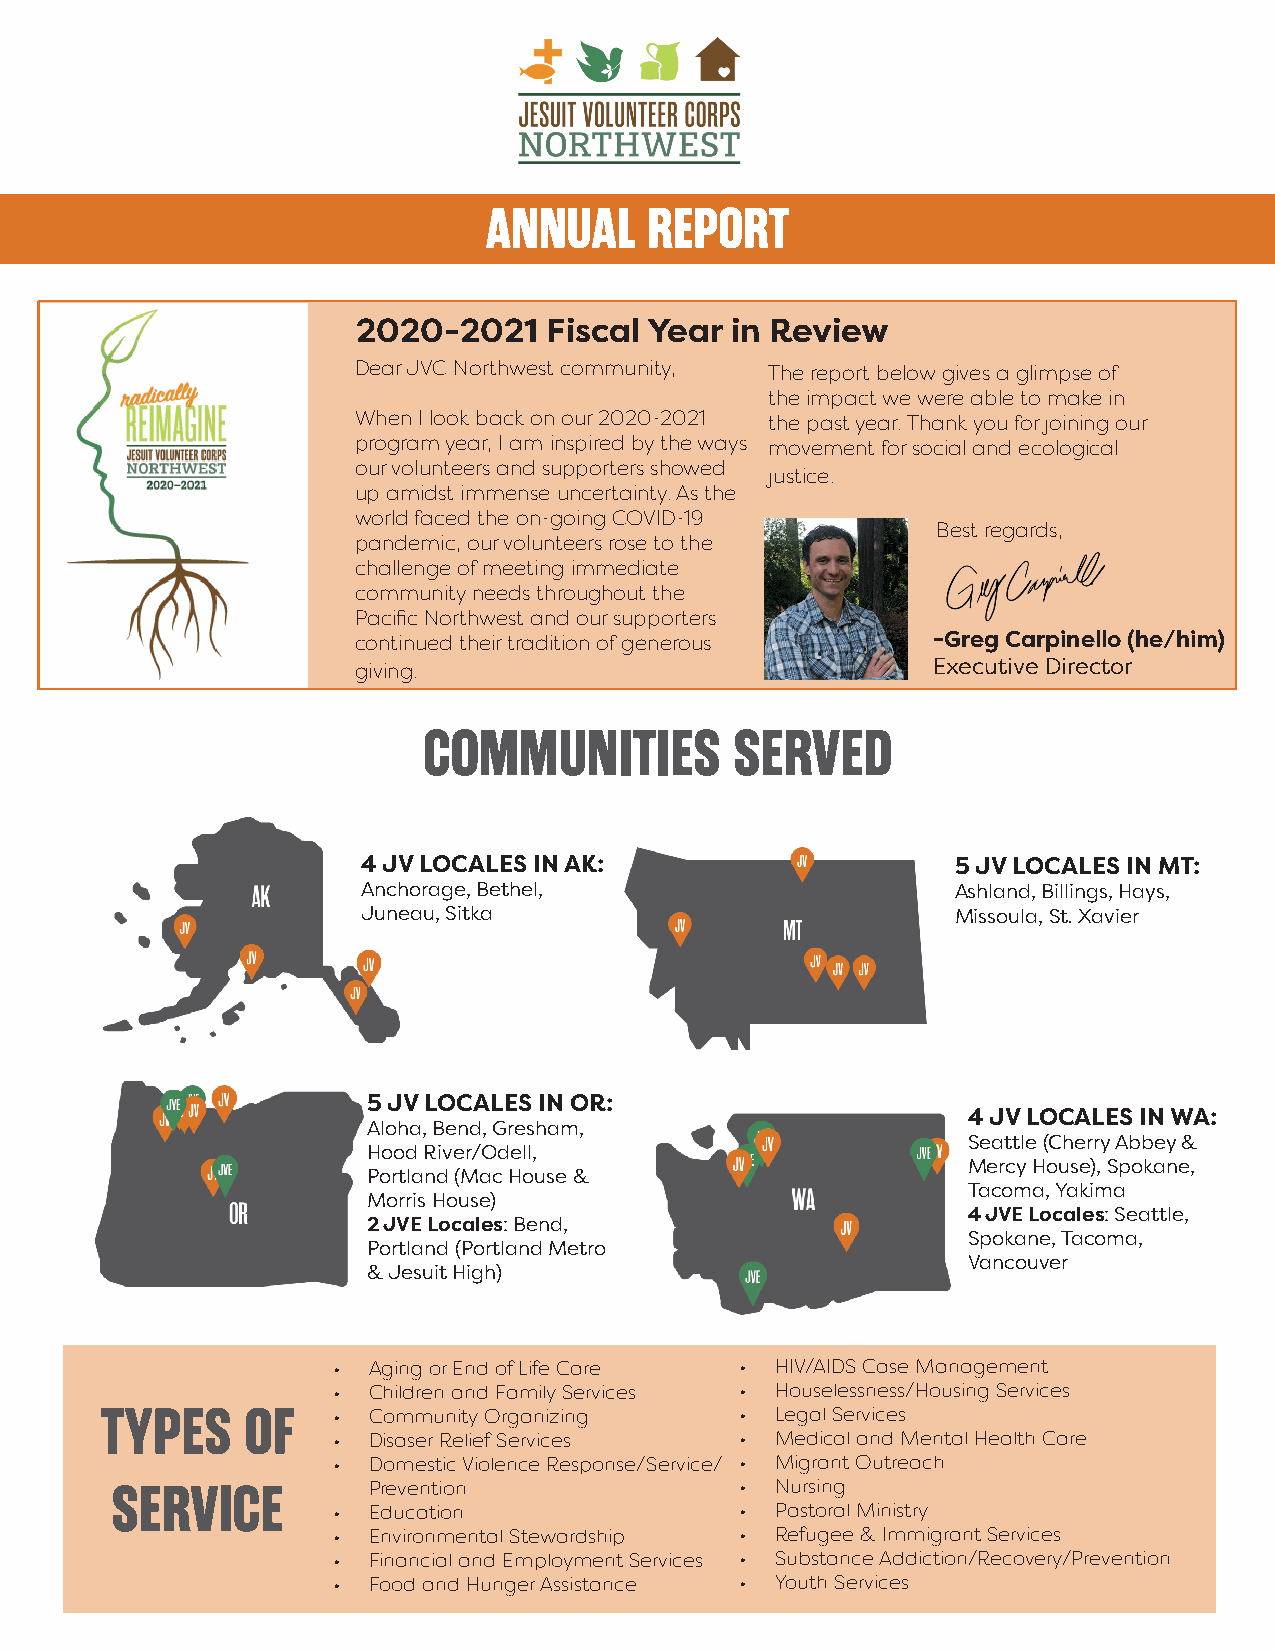
ANNUAL     REPORT
 2020-2021   Fiscal Year in Review
 Dear JVC Northwest community, The report below gives a glimpse of
 the impact we were able to make in
 When I look back on our 2020-2021 the past year. Thank you for joining our
 program year, I am inspired by the ways movement for social and ecological
 our volunteers and supporters showed
 justice.
 up amidst immense uncertainty. As the
 world faced the on-going COVID-19
 Best regards,
 pandemic, our volunteers rose to the
 challenge of meeting immediate
 community needs throughout the
 Pacific Northwest and our supporters
 continued their tradition of generous  -Greg Carpinello (he/him)
 giving.                                Executive Director
 COMMUNITIES          SERVED
 4 JV LOCALES IN AK:                    5 JV LOCALES IN MT:
 Anchorage, Bethel,                     Ashland, Billings, Hays,
 Juneau, Sitka                          Missoula, St. Xavier
 5 JV LOCALES IN OR:
 4 JV LOCALES IN WA:
 Aloha, Bend, Gresham,
 Seattle (Cherry Abbey &
 Hood River/Odell,
 Mercy House), Spokane,
 Portland (Mac House &
 Tacoma, Yakima
 Morris House)
 4 JVE Locales: Seattle,
 2 JVE Locales: Bend,
 Spokane, Tacoma,
 Portland (Portland Metro
 Vancouver
 & Jesuit High)
 • Aging or End of Life Care • HIV/AIDS Case Management
 • Children and Family Services • Houselessness/Housing Services
 TYPES    OF    • Community Organizing     • Legal Services
 • Disaser Relief Services  • Medical and Mental Health Care
 • Domestic Violence Response/Service/ • Migrant Outreach
 SERVICE          Prevention               • Nursing
 • Education                • Pastoral Ministry
 • Environmental Stewardship • Refugee & Immigrant Services
 • Financial and Employment Services • Substance Addiction/Recovery/Prevention
 • Food and Hunger Assistance • Youth Services